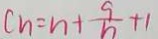
C _ { n } = n + \frac { 9 } { b } + 1